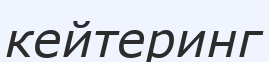
кейтеринг